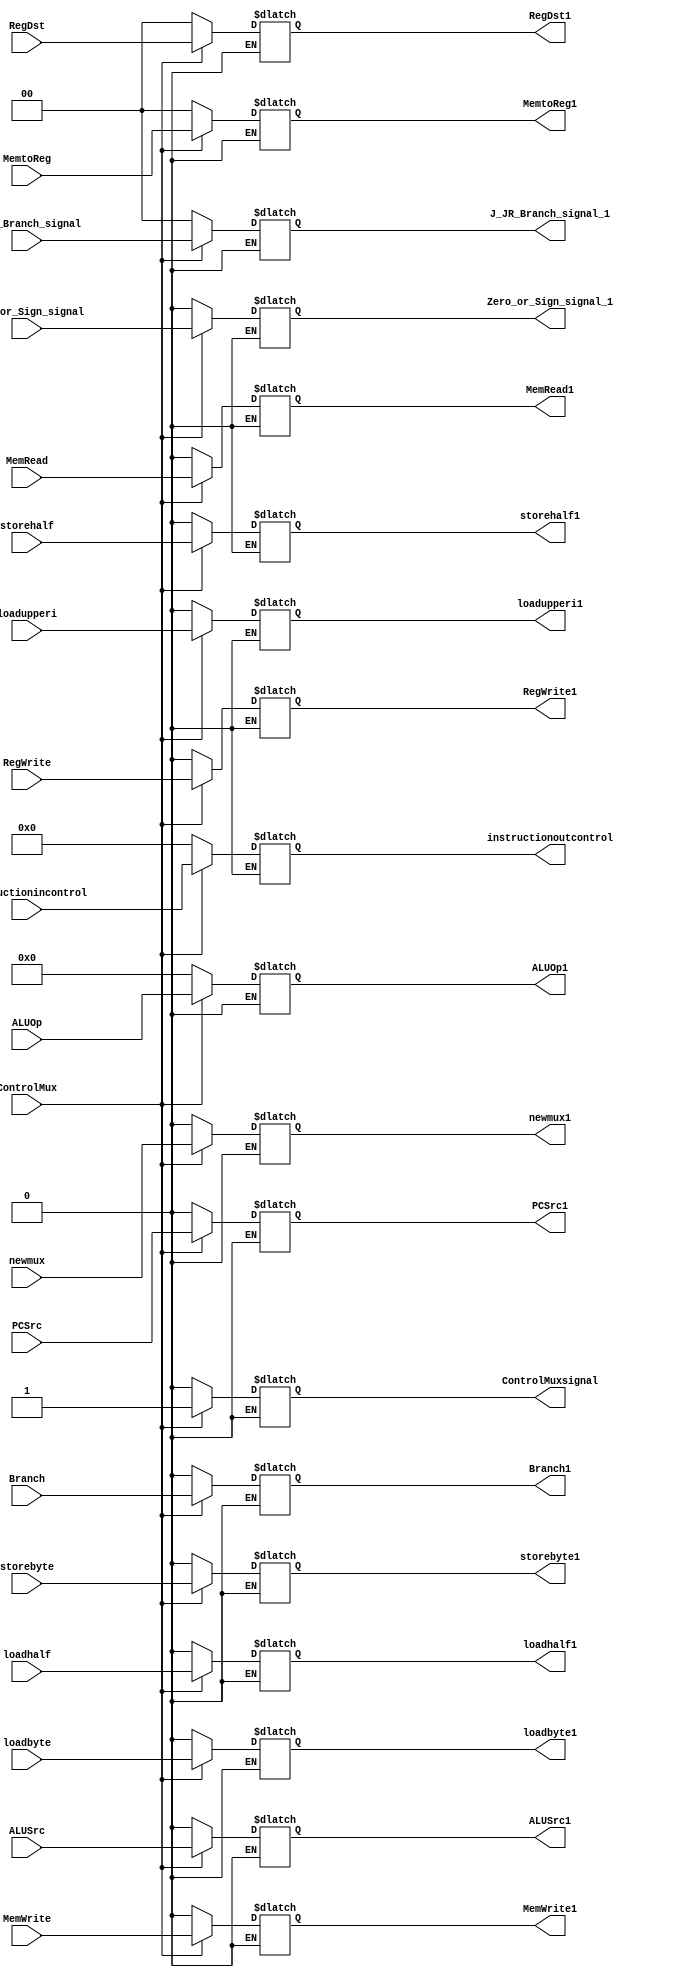
`timescale 1ns / 1ps
//////////////////////////////////////////////////////////////////////////////////
// Company: 
// Engineer: 
// 
// Design Name: 
// Module Name: ControllerMux
// Project Name: 
// Target Devices: 
// Tool Versions: 
// Description: 
// 
// Dependencies: 
// 
// Revision:
// Revision 0.01 - File Created
// Additional Comments:
// 
//////////////////////////////////////////////////////////////////////////////////

module ControllerMux(instructionincontrol,instructionoutcontrol,ControlMux, newmux, RegDst,Branch, MemRead, MemtoReg, ALUOp, MemWrite, ALUSrc,RegWrite,PCSrc,Zero_or_Sign_signal,J_JR_Branch_signal,loadhalf,loadbyte,storehalf,storebyte,loadupperi, newmux1, RegDst1,Branch1, MemRead1, MemtoReg1, ALUOp1, MemWrite1, ALUSrc1,RegWrite1,PCSrc1,Zero_or_Sign_signal_1,J_JR_Branch_signal_1,loadhalf1,loadbyte1,storehalf1,storebyte1,loadupperi1,ControlMuxsignal);

  input  ControlMux, RegWrite, ALUSrc, MemRead, MemWrite, PCSrc,Branch,newmux,Zero_or_Sign_signal,loadhalf,loadbyte,storehalf,storebyte,loadupperi;
  input [31:0] instructionincontrol;
    output reg [31:0] instructionoutcontrol;
   input [5:0] ALUOp;
   input [1:0] RegDst, MemtoReg;
   input [1:0] J_JR_Branch_signal;
    output reg   RegWrite1, ALUSrc1, MemRead1, MemWrite1, PCSrc1,Branch1,newmux1,Zero_or_Sign_signal_1,loadhalf1,loadbyte1,storehalf1,storebyte1,loadupperi1,ControlMuxsignal;
 output reg [5:0] ALUOp1;
     output reg [1:0] RegDst1, MemtoReg1;
     output reg [1:0] J_JR_Branch_signal_1;
    /* Fill in the implementation here ... */ 
    always@( instructionincontrol,ControlMux,newmux, RegDst,Branch, MemRead, MemtoReg, ALUOp, MemWrite, ALUSrc,RegWrite,PCSrc,Zero_or_Sign_signal,J_JR_Branch_signal,loadhalf,loadbyte,storehalf,storebyte,loadupperi) begin
    if(ControlMux==0)begin
       RegDst1 <=0; RegWrite1 <= 0; ALUSrc1 <= 0; ALUOp1 <= 6'b000000; MemRead1 <= 0;
             MemWrite1<= 0; MemtoReg1 <= 0; PCSrc1 <= 0;newmux1<=0; Branch1 <=0;J_JR_Branch_signal_1<=2'b00;
             Zero_or_Sign_signal_1<=0;loadhalf1<=0;loadbyte1<=0;storehalf1<=0;storebyte1<=0;loadupperi1<=0;
             ControlMuxsignal<=0;
             
             instructionoutcontrol<=0;
      end 
      else if (ControlMux==1)begin
       RegDst1 <=RegDst; RegWrite1 <=RegWrite; ALUSrc1 <=ALUSrc; ALUOp1 <=  ALUOp; MemRead1 <=MemRead;
                  MemWrite1<= MemWrite; MemtoReg1 <=MemtoReg; PCSrc1 <=PCSrc;newmux1<=newmux; Branch1 <=Branch;J_JR_Branch_signal_1<=J_JR_Branch_signal;
                  Zero_or_Sign_signal_1<= Zero_or_Sign_signal;loadhalf1<=loadhalf;loadbyte1<=loadbyte;storehalf1<=storehalf;storebyte1<=storebyte;loadupperi1<=loadupperi;
        ControlMuxsignal<=1;
        instructionoutcontrol<=instructionincontrol;
    end
    end
    
endmodule